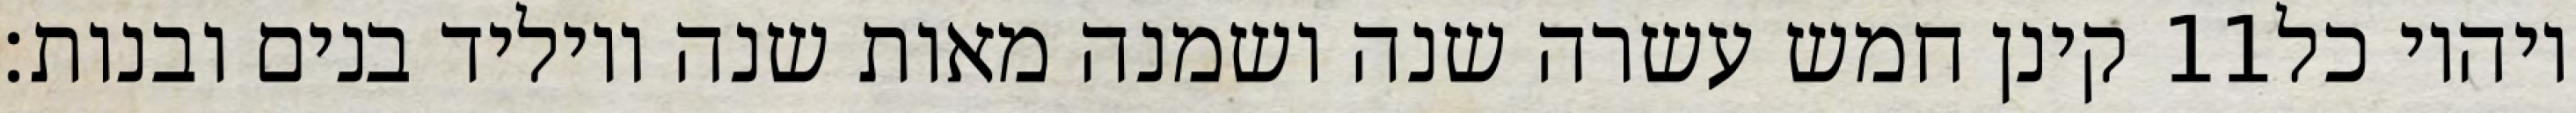
קינן חמש עשרה שנה ושמנה מאות שנה ויוליד בנים ובנות׃ ‎11‏ ויהיו כל